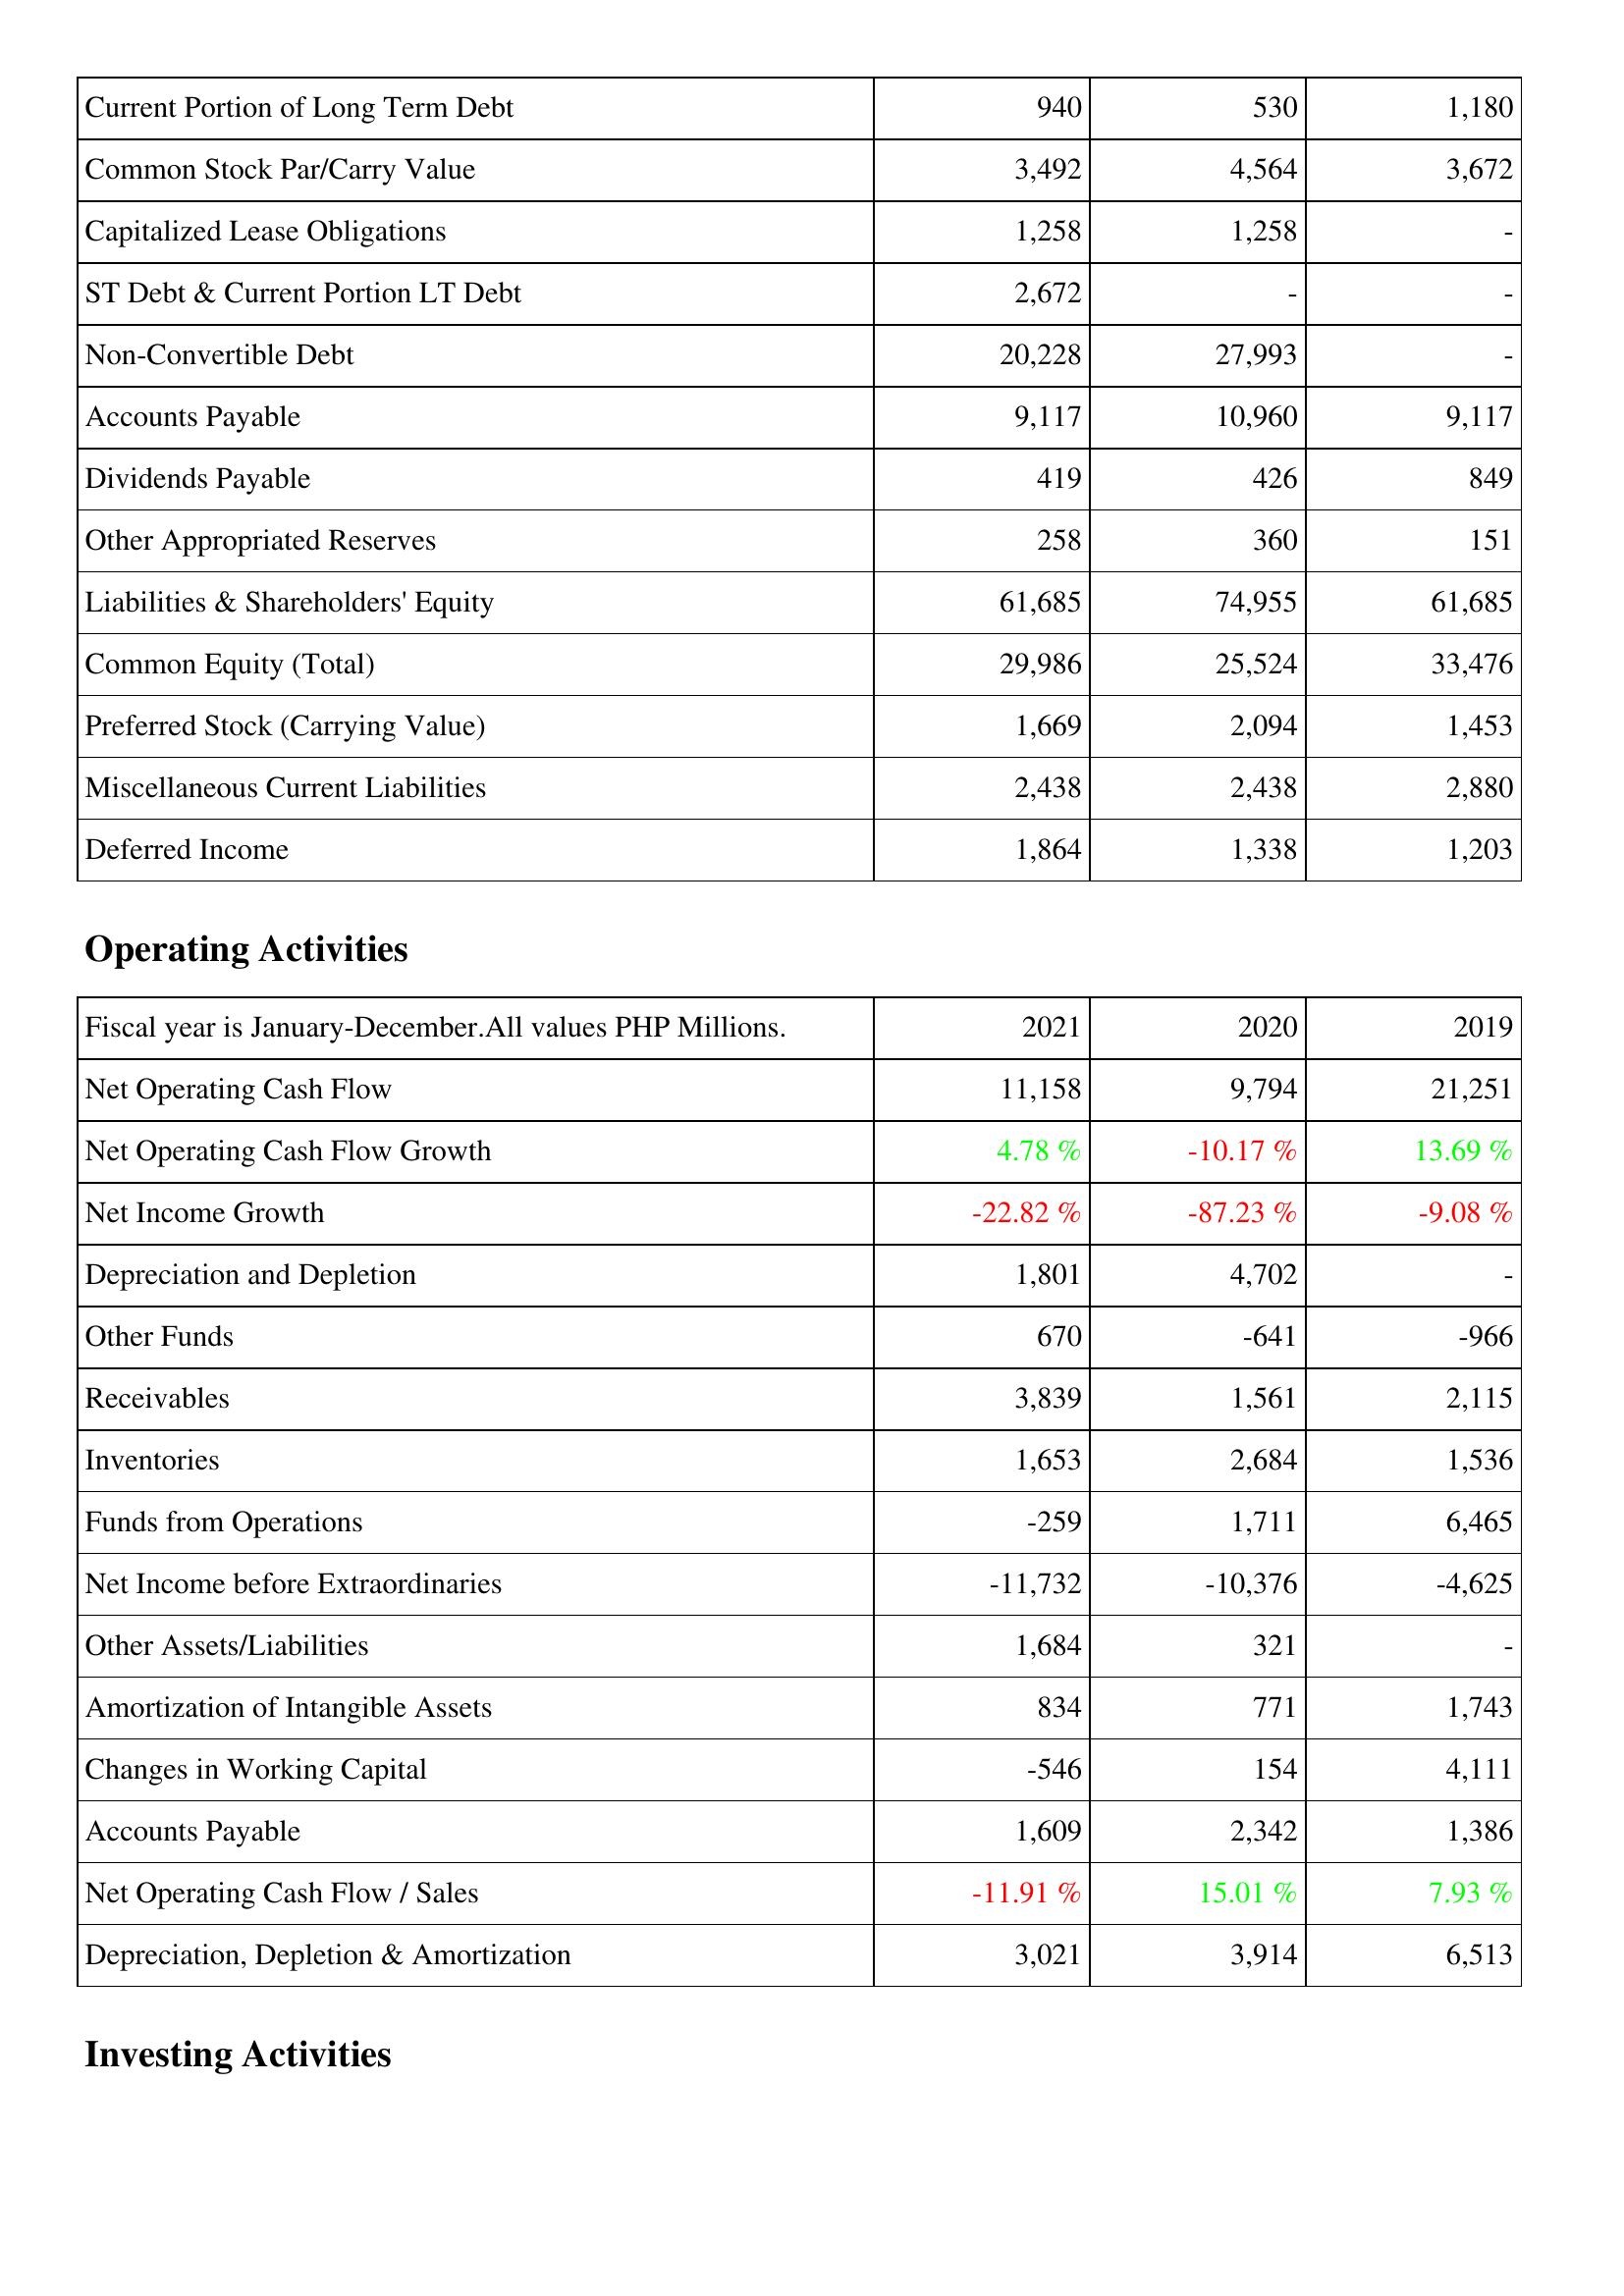
2021: Liabilities & Shareholders' Equity: Current Portion of Long Term Debt: 940
Common Stock Par/Carry Value: 3,492
Capitalized Lease Obligations: 1,258
ST Debt & Current Portion LT Debt: 2,672
Non-Convertible Debt: 20,228
Accounts Payable: 9,117
Dividends Payable: 419
Other Appropriated Reserves: 258
Liabilities & Shareholders' Equity: 61,685
Common Equity (Total): 29,986
Preferred Stock (Carrying Value): 1,669
Miscellaneous Current Liabilities: 2,438
Deferred Income: 1,864
Operating Activities: Net Operating Cash Flow: 11,158
Net Operating Cash Flow Growth: 4.78 %
Net Income Growth: -22.82 %
Depreciation and Depletion: 1,801
Other Funds: 670
Receivables: 3,839
Inventories: 1,653
Funds from Operations: -259
Net Income before Extraordinaries: -11,732
Other Assets/Liabilities: 1,684
Amortization of Intangible Assets: 834
Changes in Working Capital: -546
Accounts Payable: 1,609
Net Operating Cash Flow / Sales: -11.91 %
Depreciation, Depletion & Amortization: 3,021
2020: Liabilities & Shareholders' Equity: Current Portion of Long Term Debt: 530
Common Stock Par/Carry Value: 4,564
Capitalized Lease Obligations: 1,258
ST Debt & Current Portion LT Debt: -
Non-Convertible Debt: 27,993
Accounts Payable: 10,960
Dividends Payable: 426
Other Appropriated Reserves: 360
Liabilities & Shareholders' Equity: 74,955
Common Equity (Total): 25,524
Preferred Stock (Carrying Value): 2,094
Miscellaneous Current Liabilities: 2,438
Deferred Income: 1,338
Operating Activities: Net Operating Cash Flow: 9,794
Net Operating Cash Flow Growth: -10.17 %
Net Income Growth: -87.23 %
Depreciation and Depletion: 4,702
Other Funds: -641
Receivables: 1,561
Inventories: 2,684
Funds from Operations: 1,711
Net Income before Extraordinaries: -10,376
Other Assets/Liabilities: 321
Amortization of Intangible Assets: 771
Changes in Working Capital: 154
Accounts Payable: 2,342
Net Operating Cash Flow / Sales: 15.01 %
Depreciation, Depletion & Amortization: 3,914
2019: Liabilities & Shareholders' Equity: Current Portion of Long Term Debt: 1,180
Common Stock Par/Carry Value: 3,672
Capitalized Lease Obligations: -
ST Debt & Current Portion LT Debt: -
Non-Convertible Debt: -
Accounts Payable: 9,117
Dividends Payable: 849
Other Appropriated Reserves: 151
Liabilities & Shareholders' Equity: 61,685
Common Equity (Total): 33,476
Preferred Stock (Carrying Value): 1,453
Miscellaneous Current Liabilities: 2,880
Deferred Income: 1,203
Operating Activities: Net Operating Cash Flow: 21,251
Net Operating Cash Flow Growth: 13.69 %
Net Income Growth: -9.08 %
Depreciation and Depletion: -
Other Funds: -966
Receivables: 2,115
Inventories: 1,536
Funds from Operations: 6,465
Net Income before Extraordinaries: -4,625
Other Assets/Liabilities: -
Amortization of Intangible Assets: 1,743
Changes in Working Capital: 4,111
Accounts Payable: 1,386
Net Operating Cash Flow / Sales: 7.93 %
Depreciation, Depletion & Amortization: 6,513